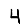
Digit: 4